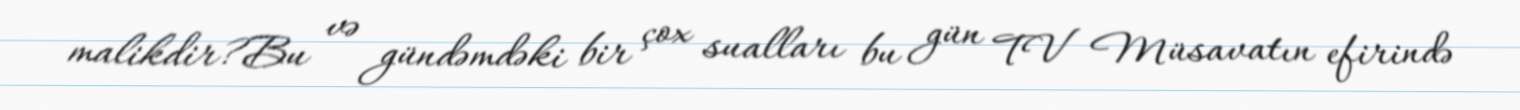
malikdir?Bu və gündəmdəki bir çox sualları bu gün TV Müsavatın efirində